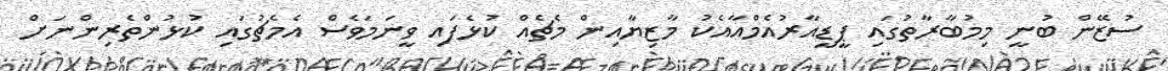
ސުޒޭން ބުނީ މިމުބާރާތުގައި ޕީޑީއާރުއެމްއާއެކު މާޒިޔާއިން މެޗެއް ކުޅެފައި ވީނަމަވެސް އެމެޗުގައި ކުޅުންތެރިންނަށް